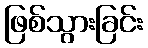
ဖြစ်သွားခြင်း